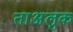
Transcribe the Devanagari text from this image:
ताअलुक